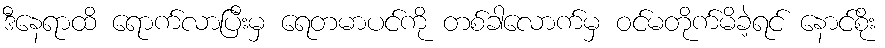
ဒီနေရာထိ ရောက်လာပြီးမှ ရေတမာပင်ကို တစ်ခါလောက်မှ ဝင်မတိုက်မိခဲ့ရင် နောင်စိုး